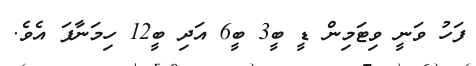
ފަހު ވަނީ ވިޓަމިން ޑީ ބީ3 ބީ6 އަދި ބީ12 ހިމަނާފަ އެވެ.